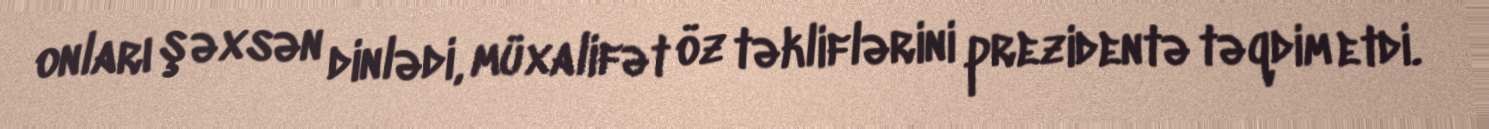
onları şəxsən dinlədi, müxalifət öz təkliflərini prezidentə təqdim etdi.